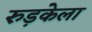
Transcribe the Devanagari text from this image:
रुड़केला